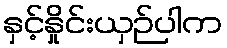
နှင့်နှိုင်းယှဉ်ပါက